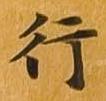
行